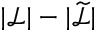
| \mathcal { L } | - | \widetilde { \mathcal { L } } |